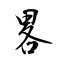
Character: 畧